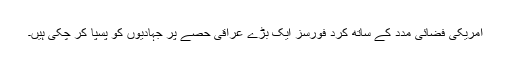
امریکی فضائی مدد کے ساتھ کرد فورسز ایک بڑے عراقی حصے پر جہادیوں کو پسپا کر چکی ہیں۔